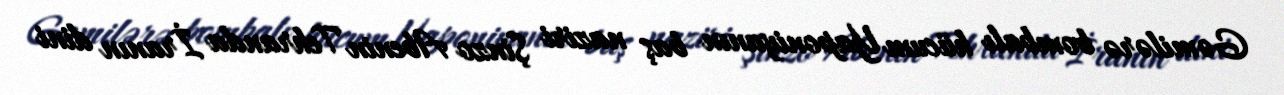
Gəmilərə bombalı hücum Yaponiyanın baş naziri Şinzo Abenin Tehranda İranın dini